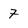
Character: 7